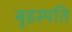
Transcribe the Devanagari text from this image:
बॄहस्पति